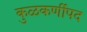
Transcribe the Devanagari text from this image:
कुळकर्णीपद